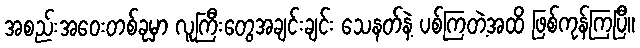
အစည်းအဝေးတစ်ခုမှာ လူကြီးတွေအချင်းချင်း သေနတ်နဲ့ ပစ်ကြတဲ့အထိ ဖြစ်ကုန်ကြပြီ။